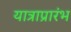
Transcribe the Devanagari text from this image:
यात्राप्रारंभ